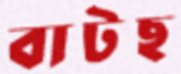
বাটছ